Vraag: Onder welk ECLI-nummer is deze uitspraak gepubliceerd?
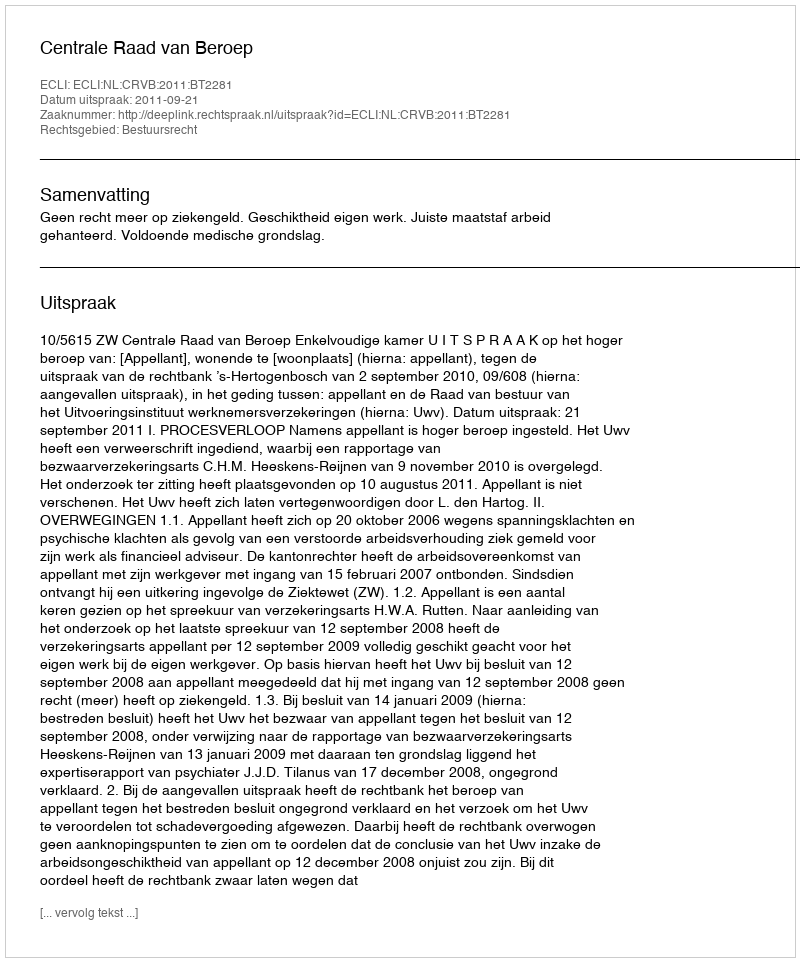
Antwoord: ECLI:NL:CRVB:2011:BT2281